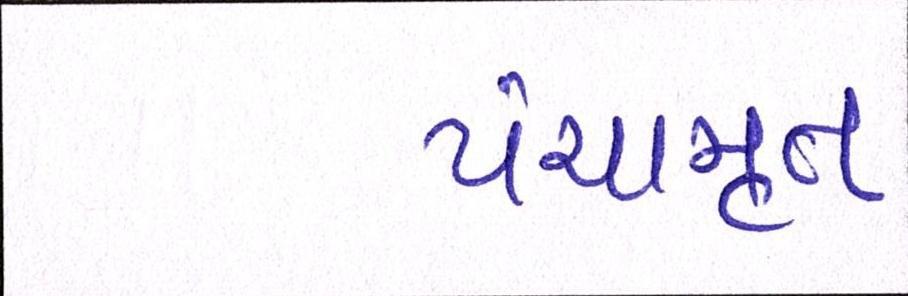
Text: પંચામૃત